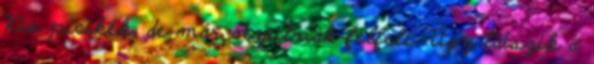
Kis picikék, de már nyúlnak felfelé. Úgy látszik a